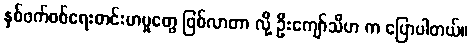
နှစ်ဖက်စစ်ရေးတင်းမာမှုတွေ ဖြစ်လာတာ လို့ ဦးကျော်သီဟ က ပြောပါတယ်။